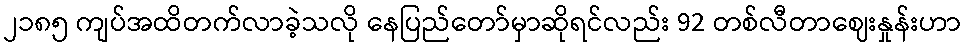
၂၁၈၅ ကျပ်အထိတက်လာခဲ့သလို နေပြည်တော်မှာဆိုရင်လည်း 92 တစ်လီတာဈေးနှုန်းဟာ